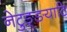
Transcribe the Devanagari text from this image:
नेटुङ्ङयाटि